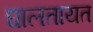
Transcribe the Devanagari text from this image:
घालतायत